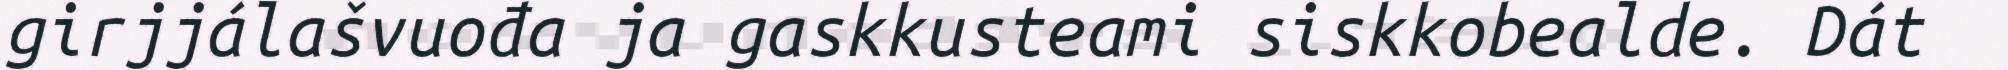
girjjálašvuođa ja gaskkusteami siskkobealde. Dát